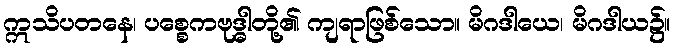
ဣသိပတနေ၊ ပစ္စေကဗုဒ္ဓါတို့၏ ကျရာဖြစ်သော။ မိဂဒါယေ၊ မိဂဒါယ၌။